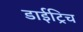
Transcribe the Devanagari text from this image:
डाईट्रिच